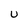
Character: U